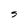
Character: S